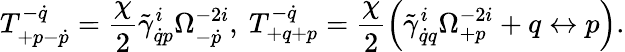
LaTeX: T_{+p-\dot{p}}^{-\dot{q}}=\frac{\chi}{2}\tilde{\gamma}_{\dot{q}p}^{i}\Omega_{-\dot{p}}^{-2i},\ T_{+q+p}^{-\dot{q}}=\frac{\chi}{2}\left(\tilde{\gamma}_{\dot{q}q}^{i}\Omega_{+p}^{-2i}+q\leftrightarrow p\right).